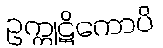
ဥက္ကုဋိကောပိ